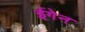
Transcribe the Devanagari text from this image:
ईगेन